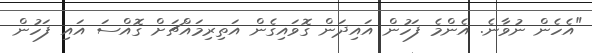
"އެހެން ނުވާނެ. އެންމެ ފަހުން އައިދަން ގޮވައިގެން އަތިރިމައްޗަށް ގޮއްސަ އައި ފަހުން